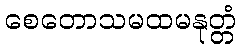
စေတောသမထမနုတ္တံ